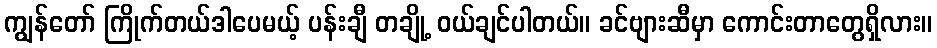
ကျွန်တော် ကြိုက်တယ်ဒါပေမယ့် ပန်းချီ တချို့ ဝယ်ချင်ပါတယ်။ ခင်ဗျားဆီမှာ ကောင်းတာတွေရှိလား။